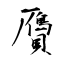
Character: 贗